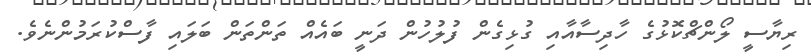
ރިޔާސީ ލޯންޗްކޮޅުގެ ހާދިސާއާއި ގުޅިގެން ފުލުހުން ދަނީ ބައެއް ތަންތަން ބަލައި ފާސްކުރަމުންނެވެ.